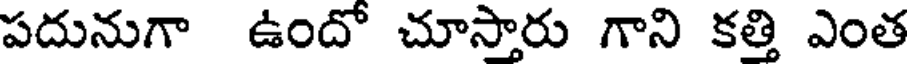
పదునుగా ఉందో చూస్తారు గాని కత్తి ఎంత